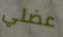
عضلي